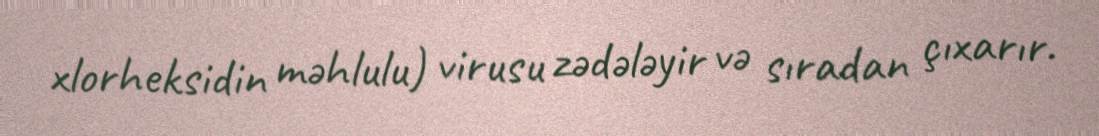
xlorheksidin məhlulu) virusu zədələyir və sıradan çıxarır.